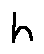
h